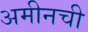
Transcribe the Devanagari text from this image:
अमीनची